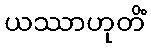
ယဿာဟုတိံ